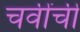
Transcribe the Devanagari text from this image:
चवींची